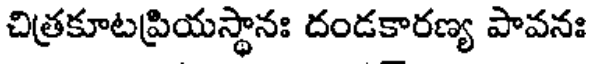
చిత్రకూటప్రియస్థానః దండకారణ్య పావనః